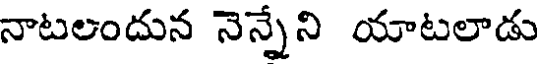
నాటలందున నెన్నేని యాటలాడు